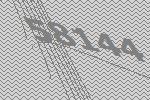
58144